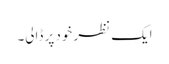
ایک نظر خود پر ڈالی۔